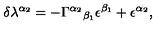
\delta \lambda ^ { \alpha _ { 2 } } = - \Gamma ^ { \alpha _ { 2 } } { } _ { \beta _ { 1 } } \epsilon ^ { \beta _ { 1 } } + \epsilon ^ { \alpha _ { 2 } } ,